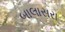
બાલાસરા